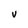
Character: V